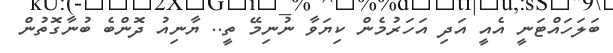
ބަލަހައްޓަނީ އެއީ އަދި އަހަރުމެން ކިޔަވާ ނުނިމޭ ތީ.. ޔާނިއު ދޮންބެ ބުނާގޮތުން